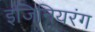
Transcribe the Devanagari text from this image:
इंजिनियरंग